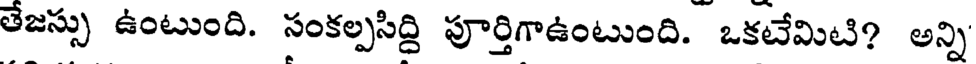
తేజస్సు ఉంటుంది. సంకల్పసిద్ది పూర్తిగాఉంటుంది. ఒకటేమిటి? అన్ని